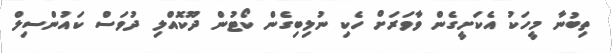
ތިބުނާ މީހަކު އެކަށީގެން ވާވަރަށް ހެކި ނުލިބިގެން ކޯޓުން ދޫކޮއްލި ދުވަސް ކައުންސިލް